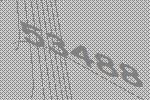
53488